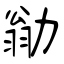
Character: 勜